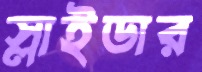
স্লাইডার